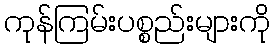
ကုန်ကြမ်းပစ္စည်းများကို